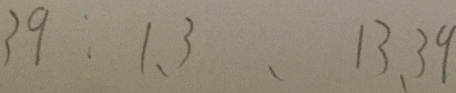
3 9 : 1 , 3 , 1 3 , 3 9